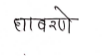
मजकूर: धावरणे